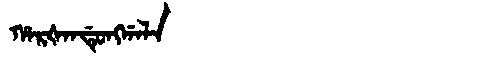
Manchu: ᡥᠠᡵᡧᠠᠨᡩᡠᠩᡤᠠᠯᠠ
Romanization: HARŠANDUNGGALA